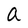
Character: a